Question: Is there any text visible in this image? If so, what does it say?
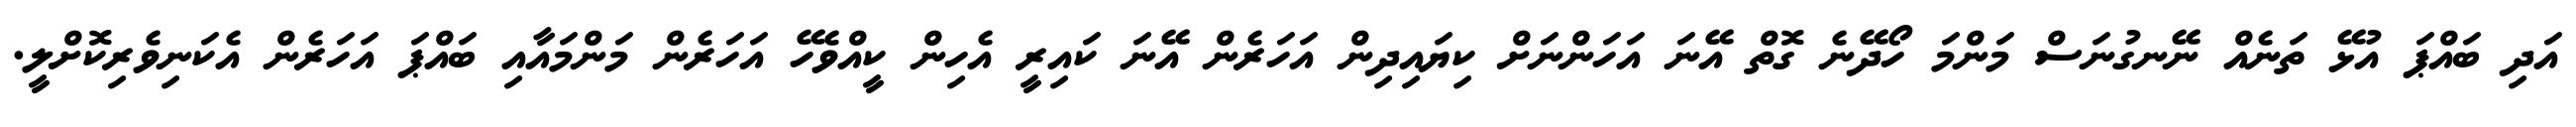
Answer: އަދި ބައްޕަ އުޅޭ ތަނެއް ނޭނގުނަސް މަންމަ ހޯދޭނެ ގޮތް އޭނަ އަހަންނަށް ކިޔައިދިން އަހަރެން އޭނަ ކައިރީ އެހިން ކީއްވެހޭ އަހަރެން މަންމައާއި ބައްޕަ އަހަރެން އެކަނިވެރިކޮށްލީ.